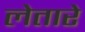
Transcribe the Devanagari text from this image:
लेतारे